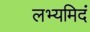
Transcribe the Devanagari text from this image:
लभ्यमिदं